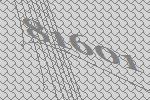
81601